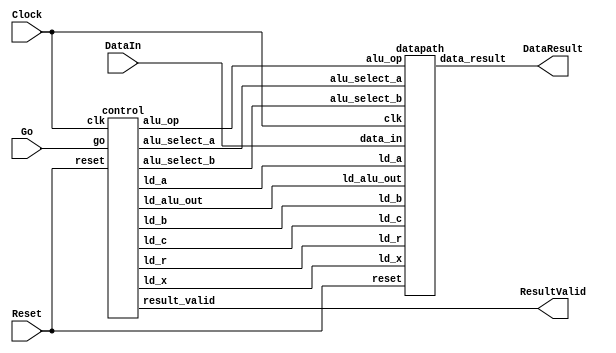
//Sw[7:0] data_in

//KEY[0] synchronous reset when pressed
//KEY[1] go signal

//LEDR displays result
//HEX0 & HEX1 also displays result

module part2(Clock, Reset, Go, DataIn, DataResult, ResultValid);
    input Clock;
    input Reset;
    input Go;
    input [7:0] DataIn;
    output [7:0] DataResult;
    output ResultValid;

    // lots of wires to connect our datapath and control
    wire ld_a, ld_b, ld_c, ld_x, ld_r;
    wire ld_alu_out;
    wire [1:0]  alu_select_a, alu_select_b;
    wire alu_op;

    control C0(
        .clk(Clock),
        .reset(Reset),

        .go(Go),

        .ld_alu_out(ld_alu_out),
        .ld_x(ld_x),
        .ld_a(ld_a),
        .ld_b(ld_b),
        .ld_c(ld_c),
        .ld_r(ld_r),

        .alu_select_a(alu_select_a),
        .alu_select_b(alu_select_b),
        .alu_op(alu_op),
        .result_valid(ResultValid)
    );

    datapath D0(
        .clk(Clock),
        .reset(Reset),

        .ld_alu_out(ld_alu_out),
        .ld_x(ld_x),
        .ld_a(ld_a),
        .ld_b(ld_b),
        .ld_c(ld_c),
        .ld_r(ld_r),

        .alu_select_a(alu_select_a),
        .alu_select_b(alu_select_b),
        .alu_op(alu_op),

        .data_in(DataIn),
        .data_result(DataResult)
    );

 endmodule


module control(
    input clk,
    input reset,
    input go,

    output reg  ld_a, ld_b, ld_c, ld_x, ld_r,
    output reg  ld_alu_out,
    output reg [1:0]  alu_select_a, alu_select_b,
    output reg alu_op,
    output reg result_valid
    );

    reg [5:0] current_state, next_state;

    localparam  S_LOAD_A        = 5'd0,
                S_LOAD_A_WAIT   = 5'd1,
                S_LOAD_B        = 5'd2,
                S_LOAD_B_WAIT   = 5'd3,
                S_LOAD_C        = 5'd4,
                S_LOAD_C_WAIT   = 5'd5,
                S_LOAD_X        = 5'd6,
                S_LOAD_X_WAIT   = 5'd7,
                S_CYCLE_0       = 5'd8,
                S_CYCLE_1       = 5'd9,
                S_CYCLE_2       = 5'd10,
		S_CYCLE_3	= 5'd11,
		S_CYCLE_4	= 5'd12,
		S_CYCLE_5	= 5'd13;

    // Next state logic aka our state table
    always@(*)
    begin: state_table
            case (current_state)
                S_LOAD_A: next_state = go ? S_LOAD_A_WAIT : S_LOAD_A; // Loop in current state until value is input
                S_LOAD_A_WAIT: next_state = go ? S_LOAD_A_WAIT : S_LOAD_B; // Loop in current state until go signal goes low
                S_LOAD_B: next_state = go ? S_LOAD_B_WAIT : S_LOAD_B; // Loop in current state until value is input
                S_LOAD_B_WAIT: next_state = go ? S_LOAD_B_WAIT : S_LOAD_C; // Loop in current state until go signal goes low
                S_LOAD_C: next_state = go ? S_LOAD_C_WAIT : S_LOAD_C; // Loop in current state until value is input
                S_LOAD_C_WAIT: next_state = go ? S_LOAD_C_WAIT : S_LOAD_X; // Loop in current state until go signal goes low
                S_LOAD_X: next_state = go ? S_LOAD_X_WAIT : S_LOAD_X; // Loop in current state until value is input
                S_LOAD_X_WAIT: next_state = go ? S_LOAD_X_WAIT : S_CYCLE_0; // Loop in current state until go signal goes low
                S_CYCLE_0: next_state = S_CYCLE_1;
                S_CYCLE_1: next_state = S_CYCLE_2; // we will be done our two operations, start over after
		S_CYCLE_2: next_state = S_CYCLE_3;
		S_CYCLE_3: next_state = S_CYCLE_4;
		S_CYCLE_4: next_state = S_CYCLE_5;
		S_CYCLE_5: next_state = go ? S_LOAD_A : S_CYCLE_5;
            default:     next_state = S_LOAD_A;
        endcase
    end // state_table


    // Output logic aka all of our datapath control signals
    always @(*)
    begin: enable_signals
        // By default make all our signals 0
        ld_alu_out = 1'b0;
        ld_a = 1'b0;
        ld_b = 1'b0;
        ld_c = 1'b0;
        ld_x = 1'b0;
        ld_r = 1'b0;
	result_valid = 1'b0;
        alu_select_a = 2'b0;
        alu_select_b = 2'b0;
        alu_op       = 1'b0;


        case (current_state)
            S_LOAD_A: begin
                ld_a = 1'b1;
                end
            S_LOAD_B: begin
                ld_b = 1'b1;
                end
            S_LOAD_C: begin
                ld_c = 1'b1;
                end
            S_LOAD_X: begin
                ld_x = 1'b1;
                end
            S_CYCLE_0: begin // Do A <- A * X
                ld_alu_out = 1'b1; ld_a = 1'b1; // store result back into A
                alu_select_a = 2'b00; // Select register A
                alu_select_b = 2'b11; // Also select register X
                alu_op = 1'b1; // Do multiply operation
            end
            S_CYCLE_1: begin // Do A <- A * X * X
                ld_alu_out = 1'b1; ld_a = 1'b1; //store result back into A
                alu_select_a = 2'b00; // Select register A
                alu_select_b = 2'b11; // Select register X
                alu_op = 1'b1; // Do multiply operation
            end
	    S_CYCLE_2: begin // B <- B * X
		ld_alu_out = 1'b1; ld_b = 1'b1; // store result back into B
		alu_select_a = 2'b01; // Select register B
		alu_select_b = 2'b11; // Select register X
		alu_op = 1'b1; // Do multiply operation
	    end
	    S_CYCLE_3: begin // A <- A(Ax^2) + B(Bx)
		ld_alu_out = 1'b1; ld_a = 1'b1; //store result back into A
		alu_select_a = 2'b00; // Select register A
		alu_select_b = 2'b01; // Select register B
		alu_op = 1'b0; // Do add operation
	    end
	    S_CYCLE_4: begin // RR <- A(Ax^2 + Bx) + C
		ld_r = 1'b1; // store result in result register
		alu_select_a = 2'b00; // Select register A
		alu_select_b = 2'b10; // Select register C
		alu_op = 1'b0; // Do add operation
	    end
	    S_CYCLE_5: begin
		ld_r = 1'b0;
		result_valid = 1;
	    end
        // default:    // don't need default since we already made sure all of our outputs were assigned a value at the start of the always block
        endcase
    end // enable_signals

    // current_state registers
    always@(posedge clk)
    begin: state_FFs
        if(reset)
            current_state <= S_LOAD_A;
        else
            current_state <= next_state;
    end // state_FFS
endmodule

module datapath(
    input clk,
    input reset,
    input [7:0] data_in,
    input ld_alu_out,
    input ld_x, ld_a, ld_b, ld_c,
    input ld_r,
    input alu_op,
    input [1:0] alu_select_a, alu_select_b,
    output reg [7:0] data_result
    );

    // input registers
    reg [7:0] a, b, c, x;

    // output of the alu
    reg [7:0] alu_out;
    // alu input muxes
    reg [7:0] alu_a, alu_b;

    // Registers a, b, c, x with respective input logic
    always@(posedge clk) begin
        if(reset) begin
            a <= 8'b0;
            b <= 8'b0;
            c <= 8'b0;
            x <= 8'b0;
        end
        else begin
            if(ld_a)
                a <= ld_alu_out ? alu_out : data_in; // load alu_out if load_alu_out signal is high, otherwise load from data_in
            if(ld_b)
                b <= ld_alu_out ? alu_out : data_in; // load alu_out if load_alu_out signal is high, otherwise load from data_in
            if(ld_x)
                x <= data_in;

            if(ld_c)
                c <= data_in;
        end
    end

    // Output result register
    always@(posedge clk) begin
        if(reset) begin
            data_result <= 8'b0;
        end
        else
            if(ld_r)
                data_result <= alu_out;
    end

    // The ALU input multiplexers
    always @(*)
    begin
        case (alu_select_a)
            2'd0:
                alu_a = a;
            2'd1:
                alu_a = b;
            2'd2:
                alu_a = c;
            2'd3:
                alu_a = x;
            default: alu_a = 8'b0;
        endcase

        case (alu_select_b)
            2'd0:
                alu_b = a;
            2'd1:
                alu_b = b;
            2'd2:
                alu_b = c;
            2'd3:
                alu_b = x;
            default: alu_b = 8'b0;
        endcase
    end

    // The ALU
    always @(*)
    begin : ALU
        // alu
        case (alu_op)
            0: begin
                   alu_out = alu_a + alu_b; //performs addition
               end
            1: begin
                   alu_out = alu_a * alu_b; //performs multiplication
               end
            default: alu_out = 8'b0;
        endcase
    end

endmodule